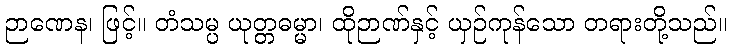
ဉာဏေန၊ ဖြင့်။ တံသမ္ပ ယုတ္တဓမ္မာ၊ ထိုဉာဏ်နှင့် ယှဉ်ကုန်သော တရားတို့သည်။